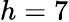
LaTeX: h=7